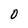
Character: 0